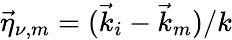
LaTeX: \vec{\eta}_{\nu,m}=(\vec{k}_{i}-\vec{k}_{m})/k